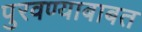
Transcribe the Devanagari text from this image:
पुरवण्याबाबत